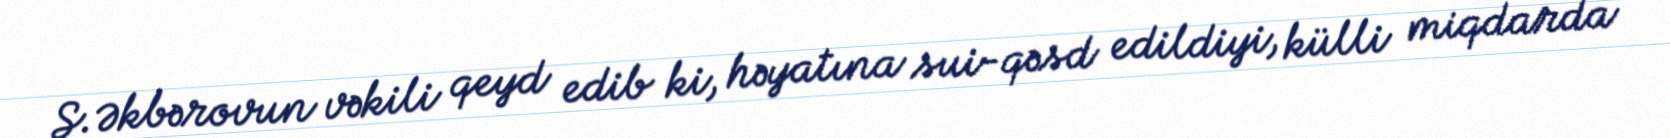
Ş.Əkbərovun vəkili qeyd edib ki, həyatına sui-qəsd edildiyi, külli miqdarda